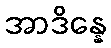
အာဒိန္နေ